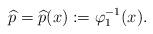
LaTeX: \begin{align*} \widehat{p} = \widehat{p}(x) := \varphi_1^{-1}(x).\end{align*}